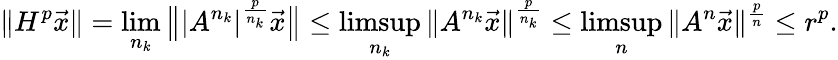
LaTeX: \| H^{p}\vec{x}\| =\operatorname*{lim}_{n_{k}}\big\| |A^{n_{k}}|^{\frac{p}{n_{k}}}\vec{x}\big\| \le\operatorname*{limsup}_{n_{k}}\| A^{n_{k}}\vec{x}\| ^{\frac{p}{n_{k}}}\le\operatorname*{limsup}_{n}\| A^{n}\vec{x}\| ^{\frac{p}{n}}\le r^{p}.